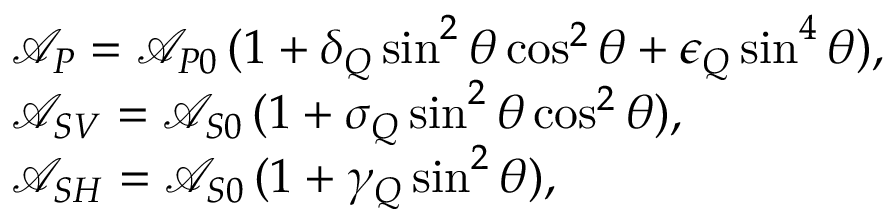
\begin{array} { r l } & { \mathcal { A } _ { P } = \mathcal { A } _ { P 0 } \, ( 1 + \delta _ { Q } \sin ^ { 2 } \theta \cos ^ { 2 } \theta + \epsilon _ { Q } \sin ^ { 4 } \theta ) , } \\ & { \mathcal { A } _ { S V } = \mathcal { A } _ { S 0 } \, ( 1 + \sigma _ { Q } \sin ^ { 2 } \theta \cos ^ { 2 } \theta ) , } \\ & { \mathcal { A } _ { S H } = \mathcal { A } _ { S 0 } \, ( 1 + \gamma _ { Q } \sin ^ { 2 } \theta ) , } \end{array}